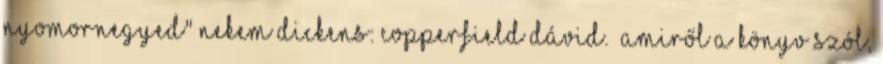
nyomornegyed" nekem Dickens: Copperfield Dávid. „amiről a könyv szól,